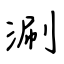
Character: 涮